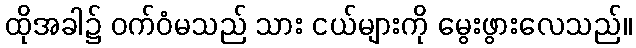
ထိုအခါ၌ ဝက်ဝံမသည် သား ငယ်များကို မွေးဖွားလေသည်။